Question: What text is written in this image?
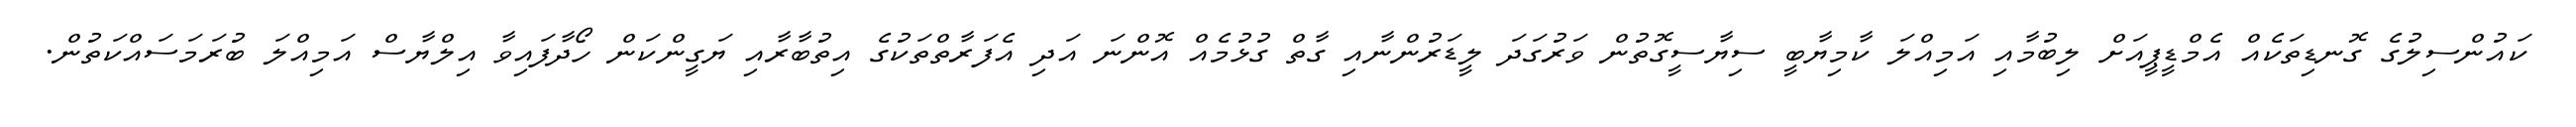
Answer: ކައުންސިލުގެ ގޮނޑިތަކެއް އެމްޑީޕީއަށް ލިބުމާއި އަމިއްލަ ކާމިޔާބީ ސިޔާސީގޮތުން ވަރުގަދަ ލީޑަރުންނާއި ގާތް ގުޅުމެއް އޮންނަ އަދި އެފަރާތްތަކުގެ އިތުބާރާއި ޔަގީންކަން ހޯދާފައިވާ އިލްޔާސް އަމިއްލަ ބުރަމަސައްކަތުން.